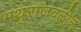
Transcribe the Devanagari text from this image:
मथुराजवळील